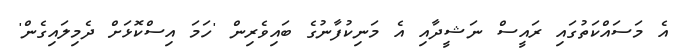
އެ މަސައްކަތުގައި ރައީސް ނަޝީދާއި އެ މަނިކުފާނުގެ ބައިވެރިން 'ހަމަ އިސްކޮޅަށް ދެމިލައިގެން'